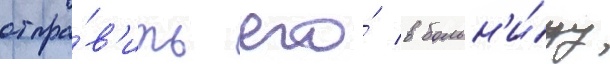
отпра́в'ить его́ в больн'и́цу